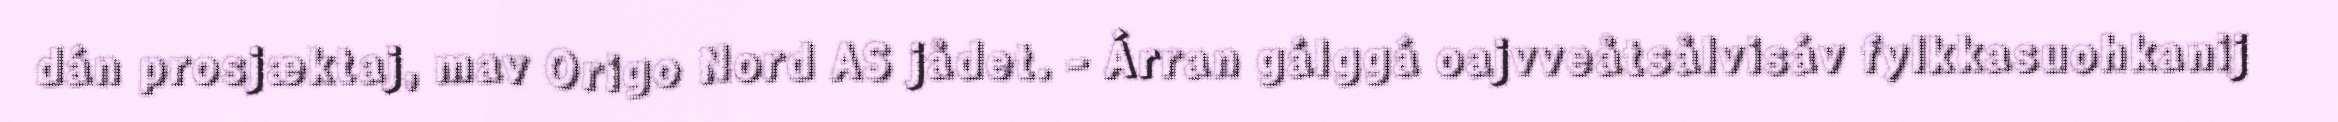
dán prosjæktaj, mav Origo Nord AS jådet. - Árran gálggá oajvveåtsålvisáv fylkkasuohkanij